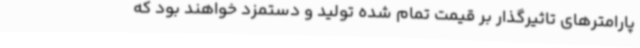
پارامترهای تاثیرگذار بر قیمت تمام شده تولید و دستمزد خواهند بود که